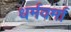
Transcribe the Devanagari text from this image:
धर्मवर्मा